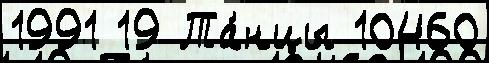
1991 19 Та́нцы 10460